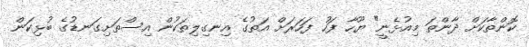
ކޮންތާކަށް ދާންތަ މިއުޅެނީ" ޔޫހާ ފަހު ފަހަރަށް އަތުގެ އިނގިލިތަކުން އިސްތަށިގަނޑުގެ ބުޅިކަން